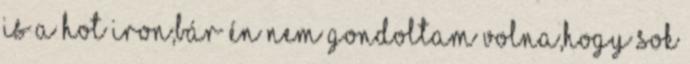
is a Hot Iron,bár én nem gondoltam volna,hogy sok